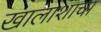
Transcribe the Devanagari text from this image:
खालाशाचा